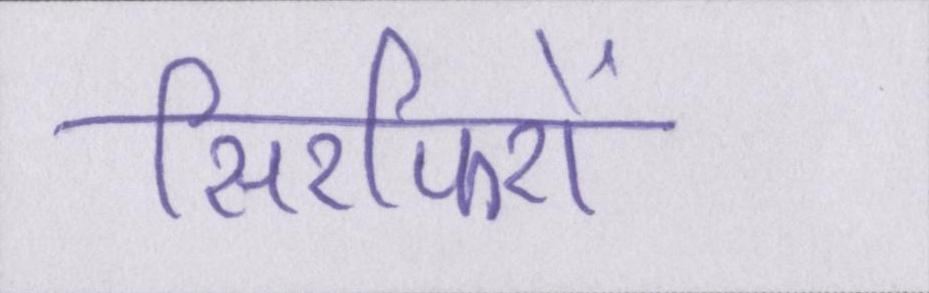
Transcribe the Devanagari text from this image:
सिरफिरों